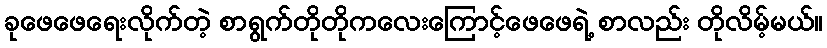
ခုဖေဖေရေးလိုက်တဲ့ စာရွက်တိုတိုကလေးကြောင့်ဖေဖေရဲ့ စာလည်း တိုလိမ့်မယ်။